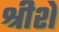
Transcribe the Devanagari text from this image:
श्रीशे